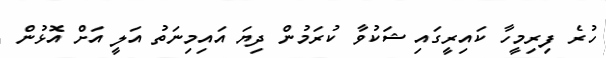
ހުރެ ފިރިމީހާ ކައިރީގައި ޝަކުވާ ކުރަމުން ދިޔަ އައިމިނަތު އަލީ އަށް އޮޅުން